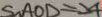
S _ { \Delta } A O D \Rightarrow A